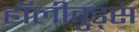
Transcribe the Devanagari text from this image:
हॉलीवुड्स